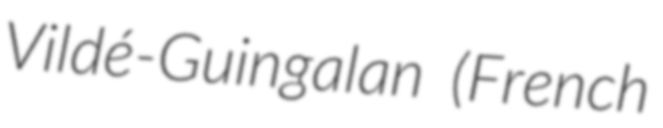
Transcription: Vildé-Guingalan (French